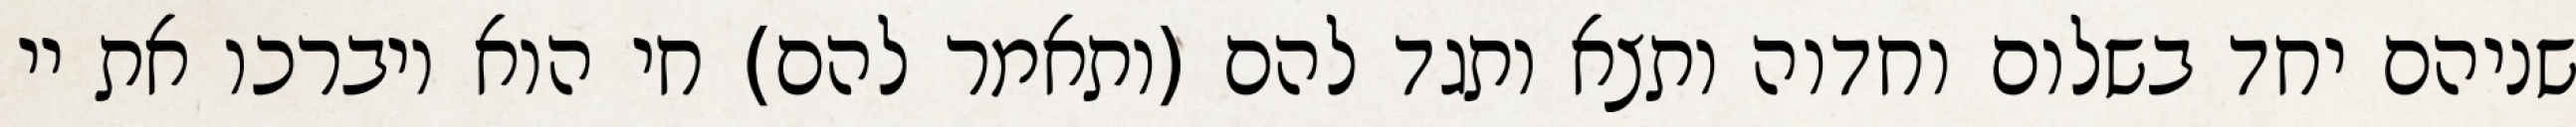
שניהם יחד בשלום וחדוה ותצא ותגד להם (ותאמר להם) חי הוא ויברכו את יי